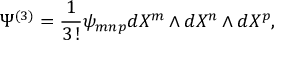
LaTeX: \Psi ^ { ( 3 ) } = \frac { 1 } { 3 \, ! } \psi _ { m n p } d X ^ { m } \wedge d X ^ { n } \wedge d X ^ { p } ,